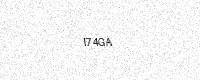
Text: I74GA